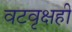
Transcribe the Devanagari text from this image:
वटवृक्षही